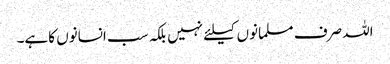
اللہ صرف مسلمانوں کیلئے نہیں بلکہ سب انسانوں کاہے۔